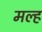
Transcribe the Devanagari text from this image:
मल्ह